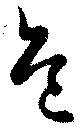
危